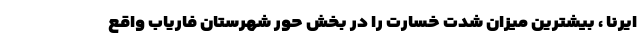
ایرنا ، بیشترین میزان شدت خسارت را در بخش حور شهرستان فاریاب واقع